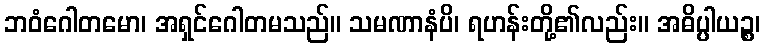
ဘဝံဂေါတမော၊ အရှင်ဂေါတမသည်။ သမဏာနံပိ၊ ရဟန်းတို့၏လည်း။ အဓိပ္ပါယဉ္စ၊